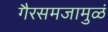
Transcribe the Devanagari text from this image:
गैरसमजामुळं